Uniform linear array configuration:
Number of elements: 64
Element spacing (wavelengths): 0.25
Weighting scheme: cosine
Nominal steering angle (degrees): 0
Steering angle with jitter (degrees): -1.464
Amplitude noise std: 0.05
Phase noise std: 0.05

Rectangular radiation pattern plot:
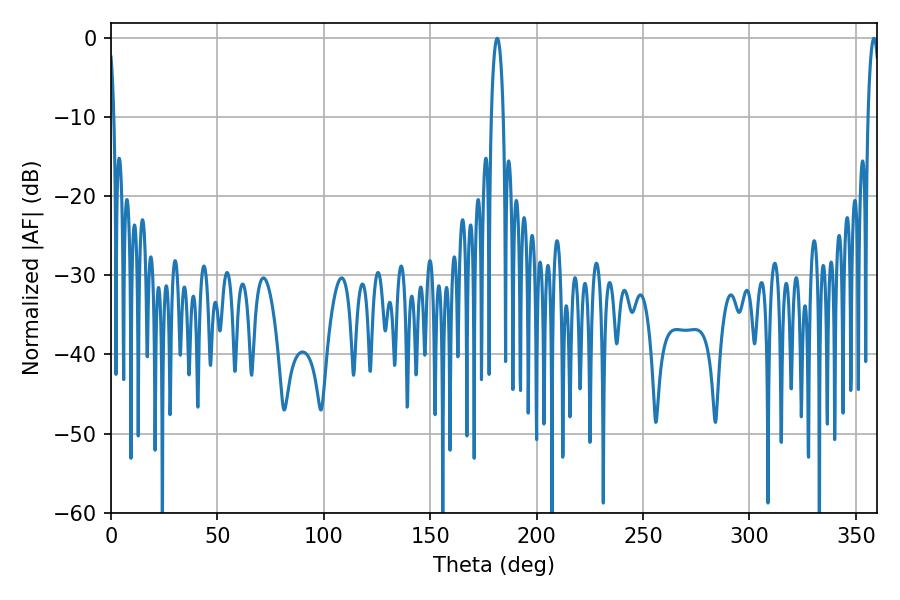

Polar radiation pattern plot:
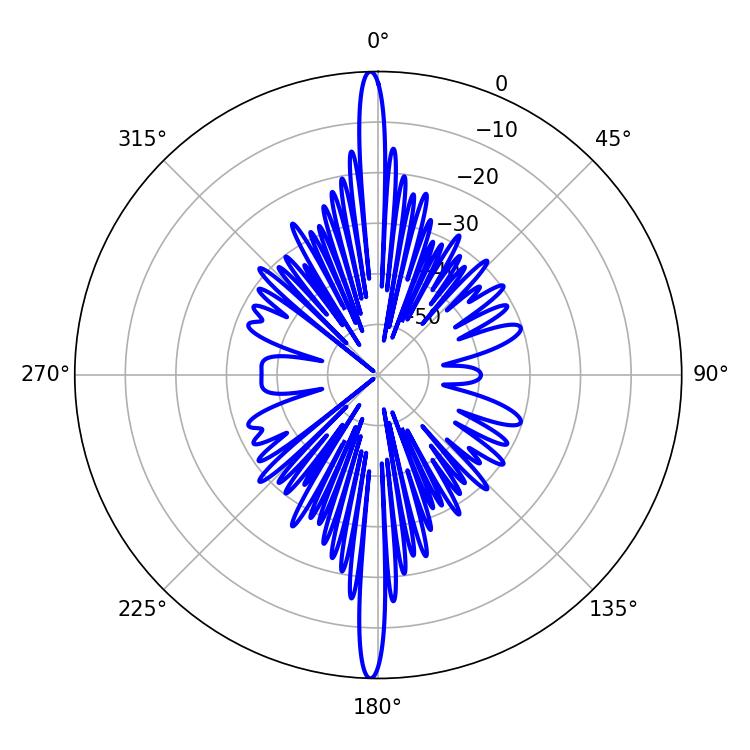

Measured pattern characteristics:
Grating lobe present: FALSE
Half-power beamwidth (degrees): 3.06
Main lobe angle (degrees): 181.44